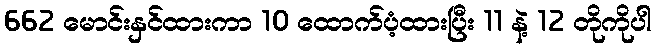
662 မောင်းနှင်ထားကာ 10 ထောက်ပံ့ထားပြီး 11 နဲ့ 12 တိုကိုပါ